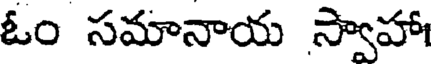
ఓం సమానాయ స్వాహా